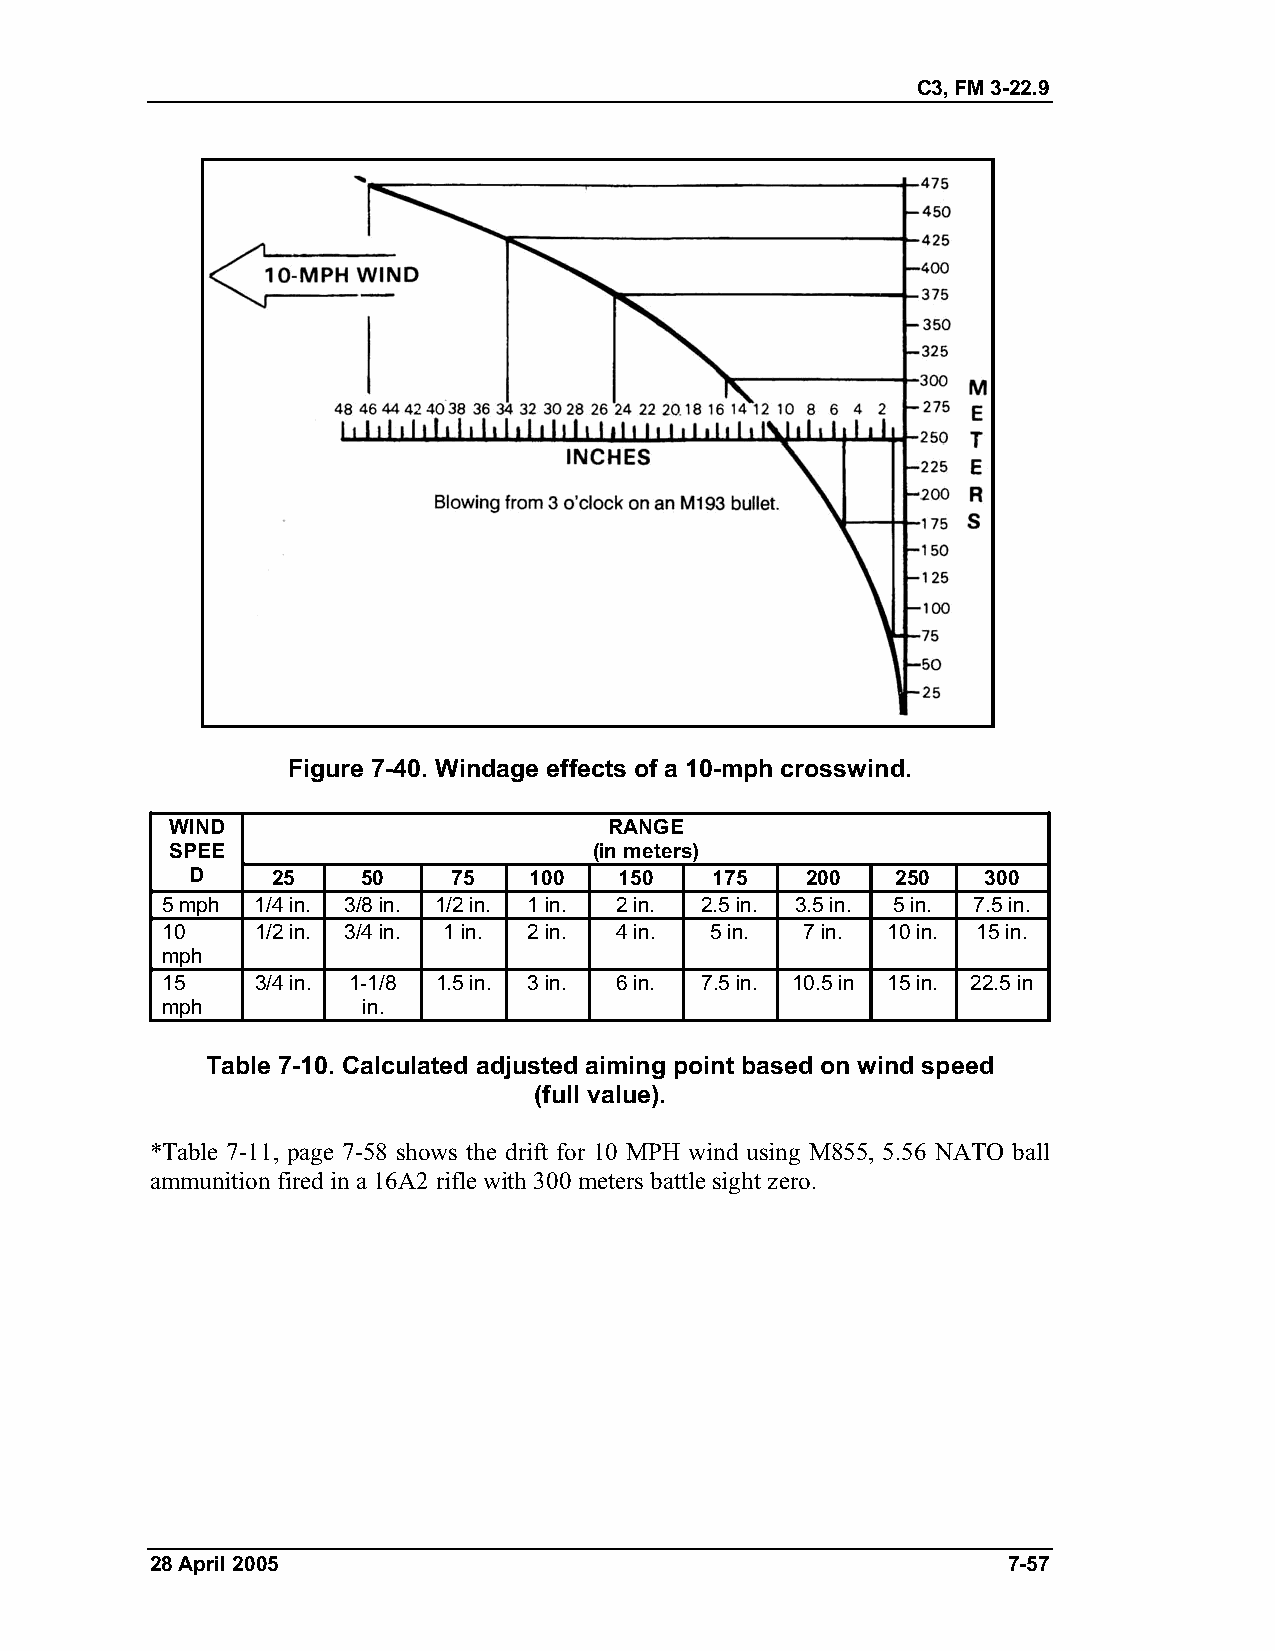
C3, FM 3-22.9
 Figure 7-40. Windage effects of a 10-mph crosswind.
 WIND                         RANGE
 SPEE                        (in meters)
 D    25    50    75   100   150   175   200   250   300
 5 mph 1/4 in. 3/8 in. 1/2 in. 1 in. 2 in. 2.5 in. 3.5 in. 5 in. 7.5 in.
 10    1/2 in. 3/4 in. 1 in. 2 in. 4 in. 5 in. 7 in. 10 in. 15 in.
 mph
 15    3/4 in. 1-1/8 1.5 in. 3 in. 6 in. 7.5 in. 10.5 in 15 in. 22.5 in
 mph          in.
 Table 7-10. Calculated adjusted aiming point based on wind speed
 (full value).
 *Table 7-11, page 7-58 shows the drift for 10 MPH wind using M855, 5.56 NATO ball
 ammunition fired in a 16A2 rifle with 300 meters battle sight zero.
 28 April 2005                                            7-57